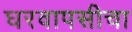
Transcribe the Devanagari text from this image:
घरवापसीचा